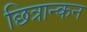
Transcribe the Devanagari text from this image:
छित्रान्कन